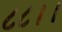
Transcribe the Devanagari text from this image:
८८।।